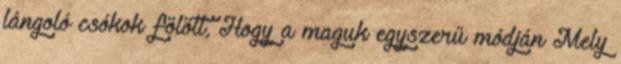
lángoló csókok fölött, Hogy a maguk egyszerű módján Mely